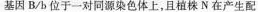
基因B/b位于一对同源染色体上，且植株N在产生配